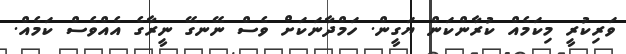
ވަރިކުރީ މިކަމެއް ކުރާންކަން ޔަގީން. ހަމްދާނަކަށް ވެސް ނޭނގޭ ނީރާގެ އެއްވެސް ކަމެއް.